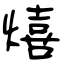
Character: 熺